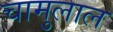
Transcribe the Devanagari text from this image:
चामुलाल